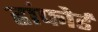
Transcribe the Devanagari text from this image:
हांफोर्ड